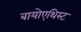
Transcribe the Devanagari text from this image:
बायोएथिस्ट